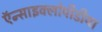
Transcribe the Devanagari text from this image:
ऍन्साइक्लोपीडीया